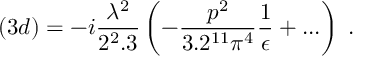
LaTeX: ( 3 d ) = - i \frac { \lambda ^ { 2 } } { 2 ^ { 2 } . 3 } \left( - \frac { p ^ { 2 } } { 3 . 2 ^ { 1 1 } \pi ^ { 4 } } \frac { 1 } { \epsilon } + . . . \right) \; .